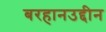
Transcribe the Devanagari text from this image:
बरहानउद्दीन